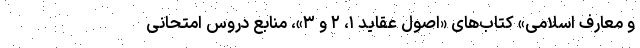
و معارف اسلامی» کتاب‌های «اصول عقاید ۱، ۲ و ۳»، منابع دروس امتحانی